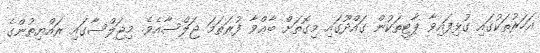
އަހަރުތަކުގައި ގުޅިފައިވާ ޕާޓީތަކުން ގައްދޫގައި މިގޮތަށް ބާޢްވާ ފުރަތަމަ ޖަލްސާއެވެ. މިޖަލްސާގައި ރައްޔިތުންގެ